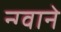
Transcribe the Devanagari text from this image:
न्ग्वाने